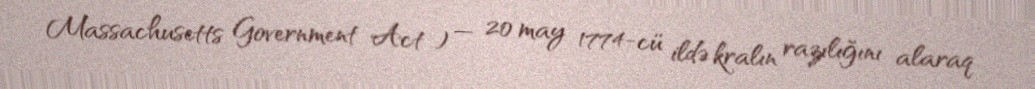
Massachusetts Government Act ) — 20 may 1774-cü ildə kralın razılığını alaraq